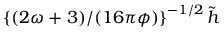
\left\{ \left( 2 \omega + 3 ) / ( 1 6 \pi \phi \right) \right\} ^ { - 1 / 2 } \tilde { h }